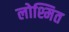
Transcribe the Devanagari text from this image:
लोश्मित